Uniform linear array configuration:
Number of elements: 4
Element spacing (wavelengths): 0.25
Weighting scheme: hann
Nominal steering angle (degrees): -15
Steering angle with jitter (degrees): -13.58
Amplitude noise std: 0.05
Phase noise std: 0.05

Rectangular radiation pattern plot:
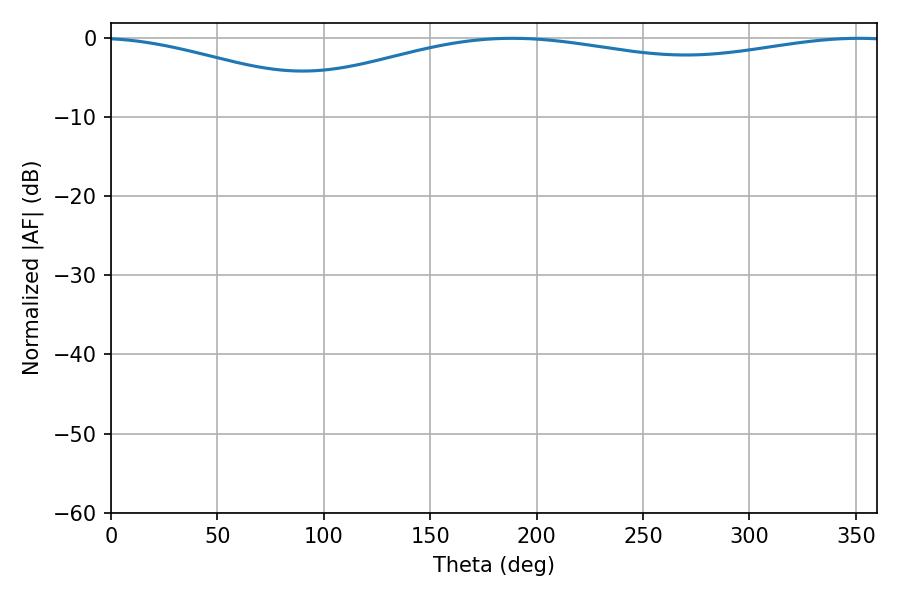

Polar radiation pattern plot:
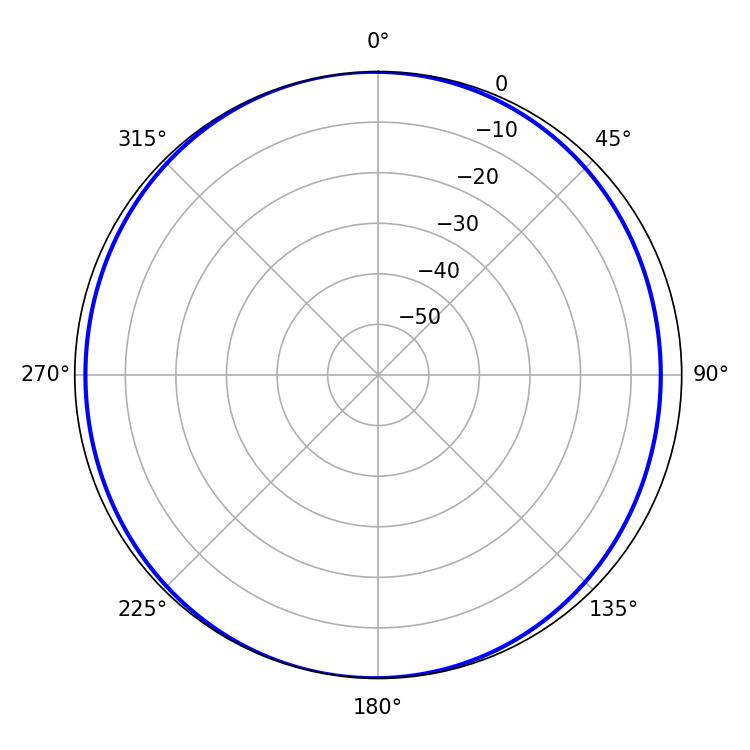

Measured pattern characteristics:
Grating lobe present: FALSE
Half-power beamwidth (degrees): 238.32
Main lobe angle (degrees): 188.46